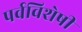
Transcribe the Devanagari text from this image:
पर्वविशेषीं